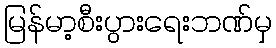
မြန်မာ့စီးပွားရေးဘဏ်မှ